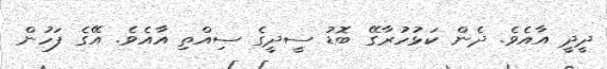
ދީދީ އާއެވެ. ދެން ކަޅުހުރާގޭ ބޮޑު ސީދީގެ ސިއްތި އާއެވެ. އޭގެ ފަހުން